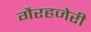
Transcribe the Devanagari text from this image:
गैरहजेरी